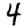
Digit: 4